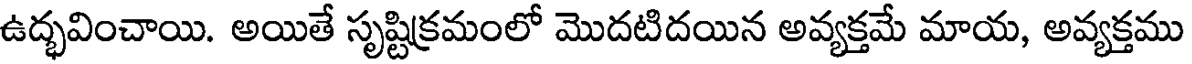
ఉద్భవించాయి. అయితే సృష్టిక్రమంలో మొదటిదయిన అవ్యక్తమే మాయ, అవ్యక్తము